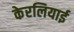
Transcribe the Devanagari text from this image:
केरलियाई